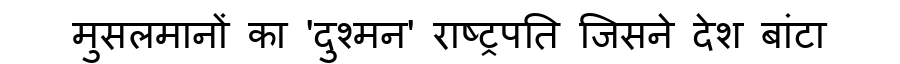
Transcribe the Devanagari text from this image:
मुसलमानों का 'दुश्मन' राष्ट्रपति जिसने देश बांटा